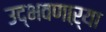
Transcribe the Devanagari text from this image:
उद्‌भवणाऱ्या